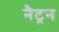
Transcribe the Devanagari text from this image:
नैट्रन